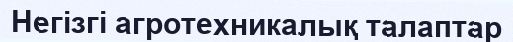
Негізгі агротехникалық талаптар